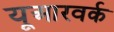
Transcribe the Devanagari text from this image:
यूआरवर्क